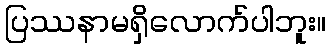
ပြဿနာမရှိလောက်ပါဘူး။